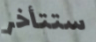
ستتأخر